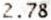
2.78